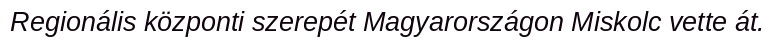
Regionális központi szerepét Magyarországon Miskolc vette át.